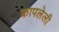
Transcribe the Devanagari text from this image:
कापलेली